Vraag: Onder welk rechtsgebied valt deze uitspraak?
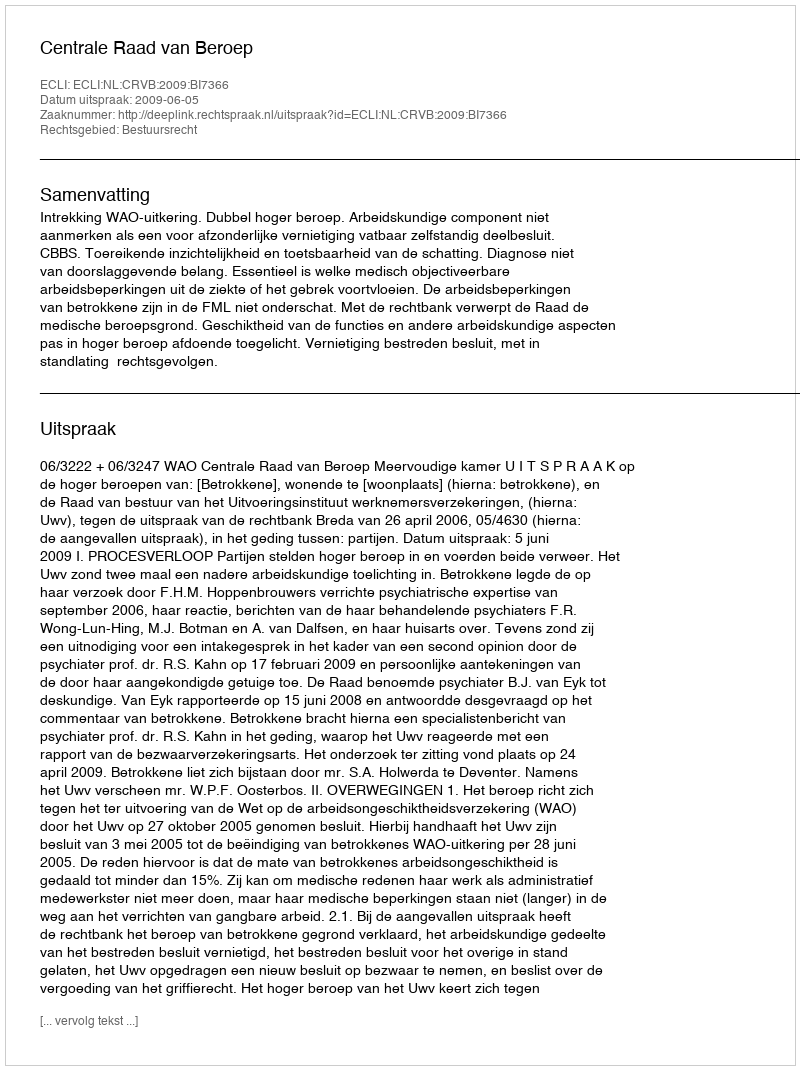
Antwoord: Bestuursrecht